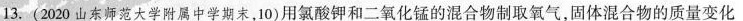
13.(2020山东师范大学附属中学期末，10)用氯酸钾和二氧化锰的混合物制取氧气，固体混合物的质量变化